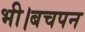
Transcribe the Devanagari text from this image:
भी।बचपन